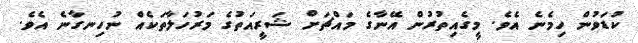
ކުޑަވުން ހިމެނެ އެވެ. މީގެއިތުރުން އޭނާގެ މައްޗަށް ޝަރީއަތުގެ މަރުހަލާތަކެއް ނުހިނގާނެ އެވެ.